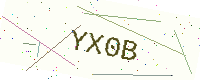
Text: YX0B